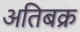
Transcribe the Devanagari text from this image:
अतिबक्र